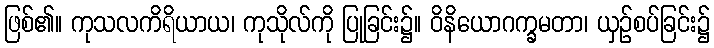
ဖြစ်၏။ ကုသလကိရိယာယ၊ ကုသိုလ်ကို ပြုခြင်း၌။ ဝိနိယောဂက္ခမတာ၊ ယှဉ်စပ်ခြင်း၌